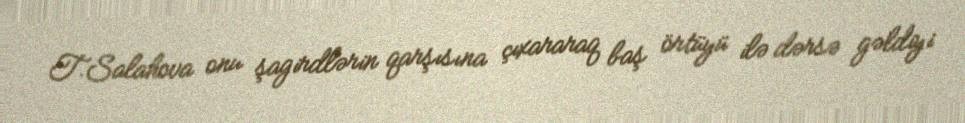
T.Salahova onu şagirdlərin qarşısına çıxararaq baş örtüyü ilə dərsə gəldiyi